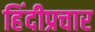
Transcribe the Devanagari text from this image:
हिंदीप्रचार